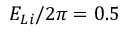
E _ { L i } / 2 \pi = 0 . 5